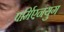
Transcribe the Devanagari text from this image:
पर्मिएनयुग